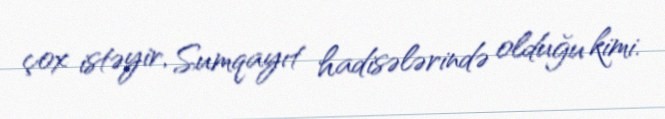
çox istəyir, Sumqayıt hadisələrində olduğu kimi.